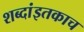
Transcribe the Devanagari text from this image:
शब्दांइतकाच